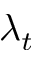
\lambda _ { t }